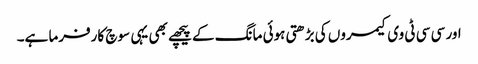
اور سی سی ٹی وی کیمروں کی بڑھتی ہوئی مانگ کے پیچھے بھی یہی سوچ کارفرما ہے۔